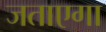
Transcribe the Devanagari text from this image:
जताएगा